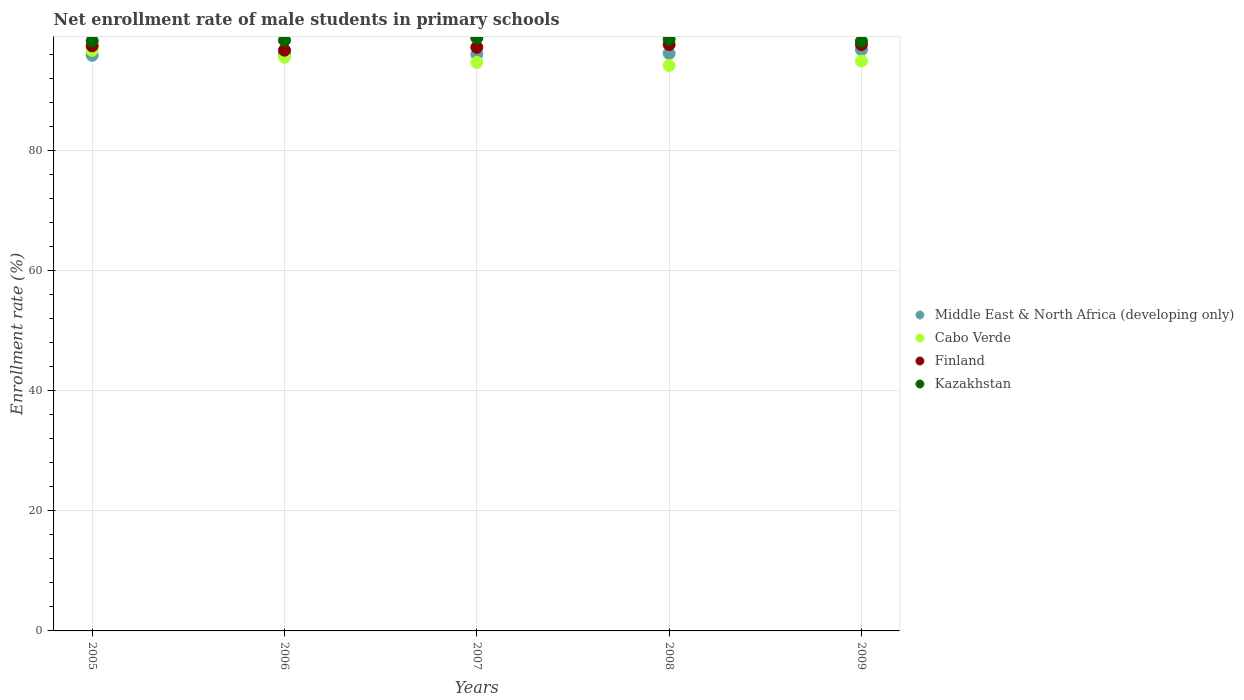
| Years | Middle East & North Africa (developing only) | Cabo Verde | Finland | Kazakhstan |
 | --- | --- | --- | --- | --- |
 | 2005 | 95.9 | 96.7 | 97.4 | 98.3 |
 | 2006 | 96 | 95.5 | 96.7 | 98.4 |
 | 2007 | 96 | 94.7 | 97.2 | 98.7 |
 | 2008 | 96.2 | 94.2 | 97.7 | 98.6 |
 | 2009 | 96.8 | 94.9 | 97.6 | 98.2 |